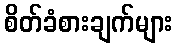
စိတ်ခံစားချက်များ